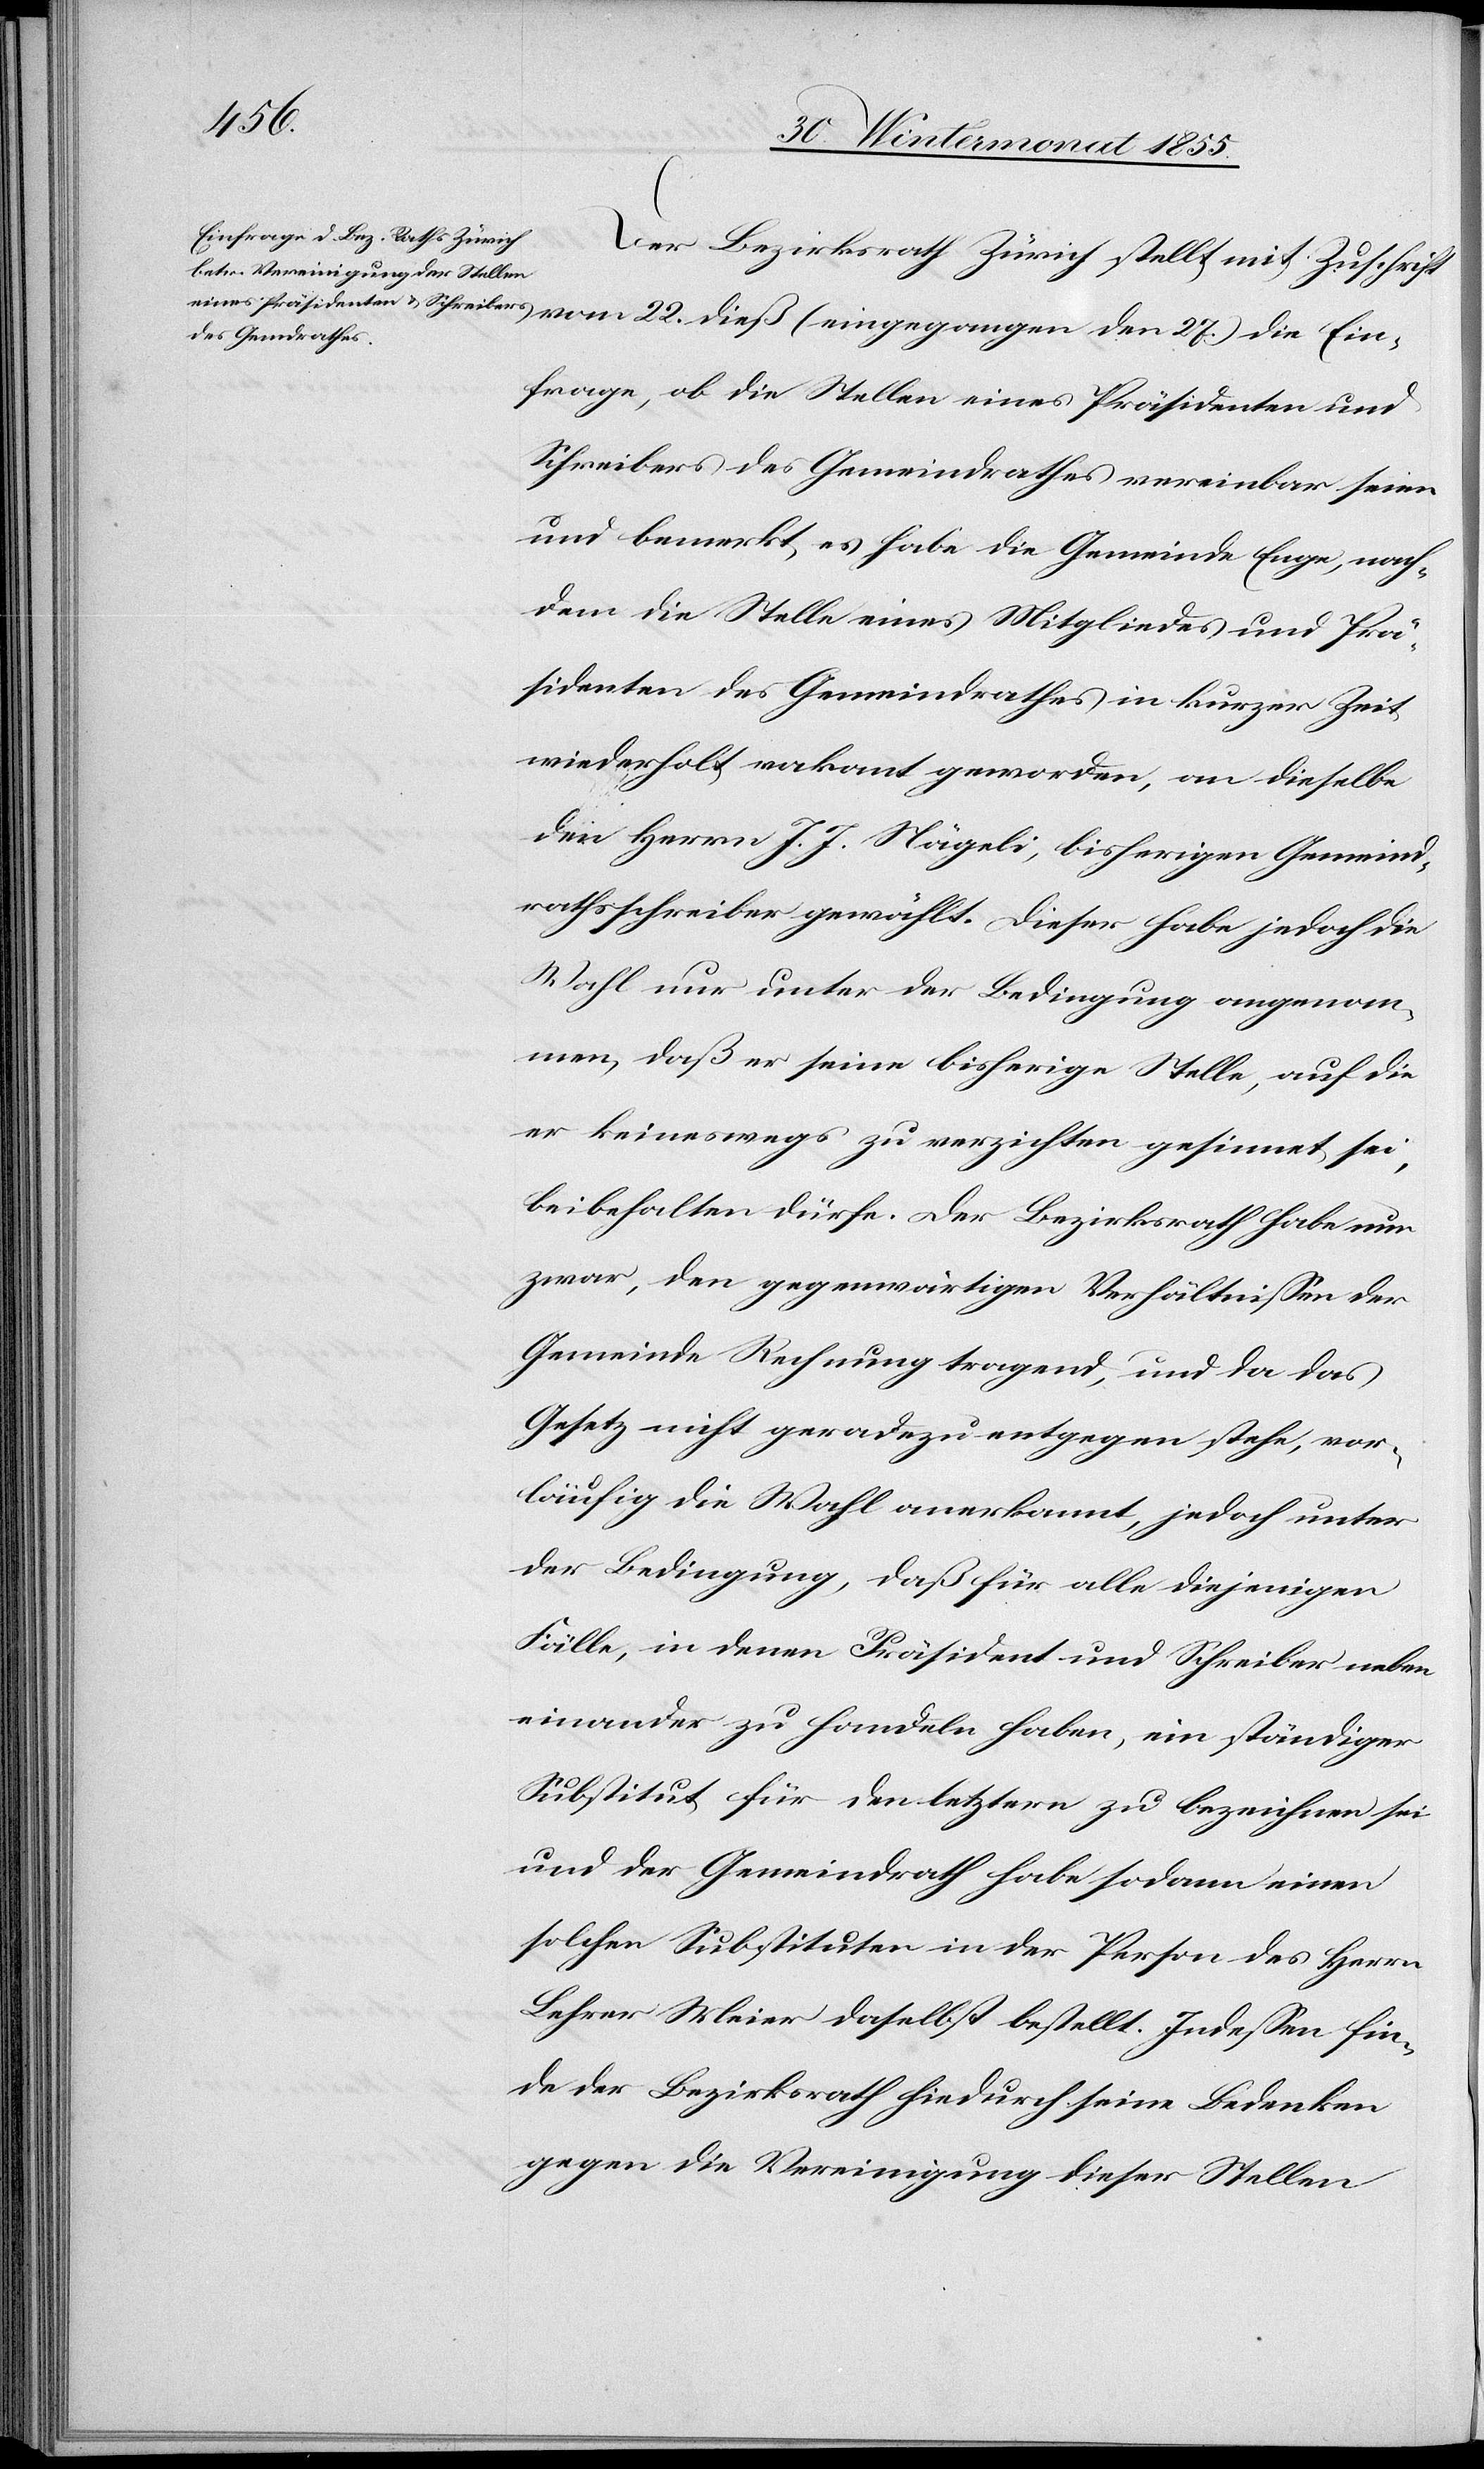
Der Bezirksrath Zürich stellt mit Zuschrift
Einfrage, ob die Stellen eines Präsidenten und
Schreibers des Gemeindrathes vereinbar seien
und bemerkt, es habe die Gemeinde Enge, nach¬
dem die Stelle eines Mitgliedes und Prä¬
sidenten des Gemeindrathes in kurzer Zeit
wiederholt vakant geworden, an dieselbe
den Herrn J. J. Nägeli, bisherigen Gemeind¬
rathsschreiber gewählt. Dieser habe jedoch die
Wahl nur unter der Bedingung angenom¬
men, daß er seine bisherige Stelle, auf die
er keineswegs zu verzichten gesinnet sei,
beibehalten dürfe. Der Bezirksrath habe nun
zwar, den gegenwärtigen Verhältnissen der
Gemeinde Rechnung tragend, und da das
Gesetz nicht geradezu entgegen stehe, vor¬
läufig die Wahl anerkannt, jedoch unter
der Bedingung, daß für alle diejenigen
Fälle, in denen Präsident und Schreiber neben
einander zu handeln haben, ein ständiger
Substitut für den letztern zu bezeichnen sei
und der Gemeindrath habe sodann einen
solchen Substituten in der Person des Herrn
Lehrer Meier daselbst bestellt. Indessen fin¬
de der Bezirksrath hiedurch seine Bedenken
gegen die Vereinigung dieser Stellen